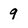
Character: 9